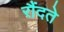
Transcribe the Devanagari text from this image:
रौंदते